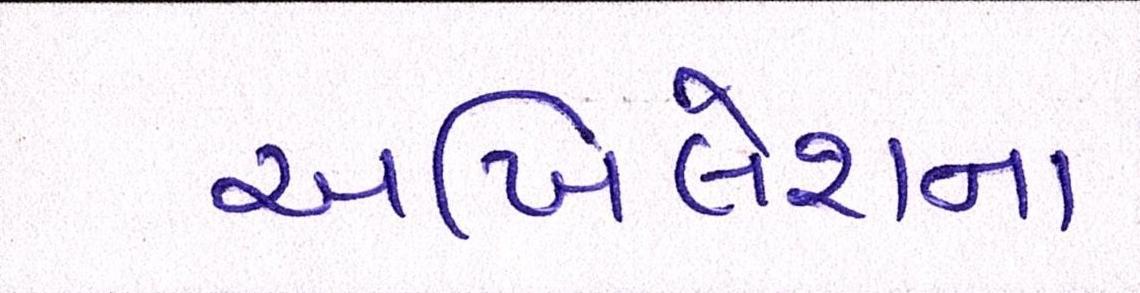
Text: અખિલેશના